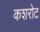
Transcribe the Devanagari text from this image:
कशरोट